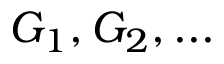
G _ { 1 } , G _ { 2 } , . . .